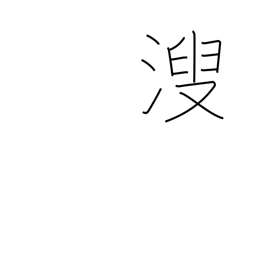
Meaning: urine